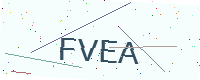
Text: FVEA